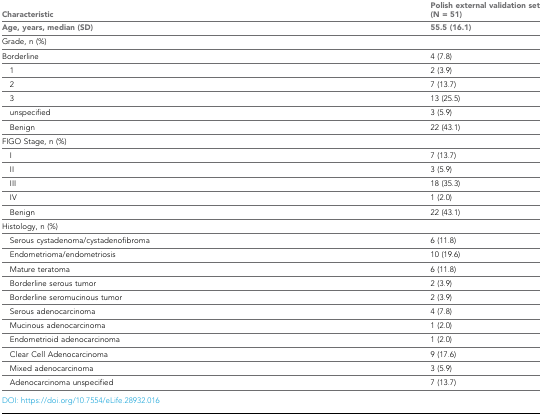
| Characteristic | Polish external validation set (N = 51) |
 | Age, years, median (SD) | 55.5 (16.1) |
 | --- | --- |
 | <COLSPAN=2> Grade, n (%) |
 | Borderline | 4 (7.8) |
 | 1 | 2 (3.9) |
 | 2 | 7 (13.7) |
 | 3 | 13 (25.5) |
 | unspecified | 3 (5.9) |
 | Benign | 22 (43.1) |
 | <COLSPAN=2> FIGO Stage, n (%) |
 | I | 7 (13.7) |
 | II | 3 (5.9) |
 | III | 18 (35.3) |
 | IV | 1 (2.0) |
 | Benign | 22 (43.1) |
 | <COLSPAN=2> Histology, n (%) |
 | Serous cystadenoma/cystadenofibroma | 6 (11.8) |
 | Endometrioma/endometriosis | 10 (19.6) |
 | Mature teratoma | 6 (11.8) |
 | Borderline serous tumor | 2 (3.9) |
 | Borderline seromucinous tumor | 2 (3.9) |
 | Serous adenocarcinoma | 4 (7.8) |
 | Mucinous adenocarcinoma | 1 (2.0) |
 | Endometrioid adenocarcinoma | 1 (2.0) |
 | Clear Cell Adenocarcinoma | 9 (17.6) |
 | Mixed adenocarcinoma | 3 (5.9) |
 | Adenocarcinoma unspecified | 7 (13.7) |